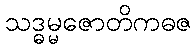
သဒ္ဓမ္မဇောတိကဓဇ